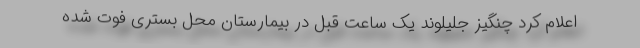
اعلام کرد چنگیز جلیلوند یک ساعت قبل در بیمارستان محل بستری فوت شده